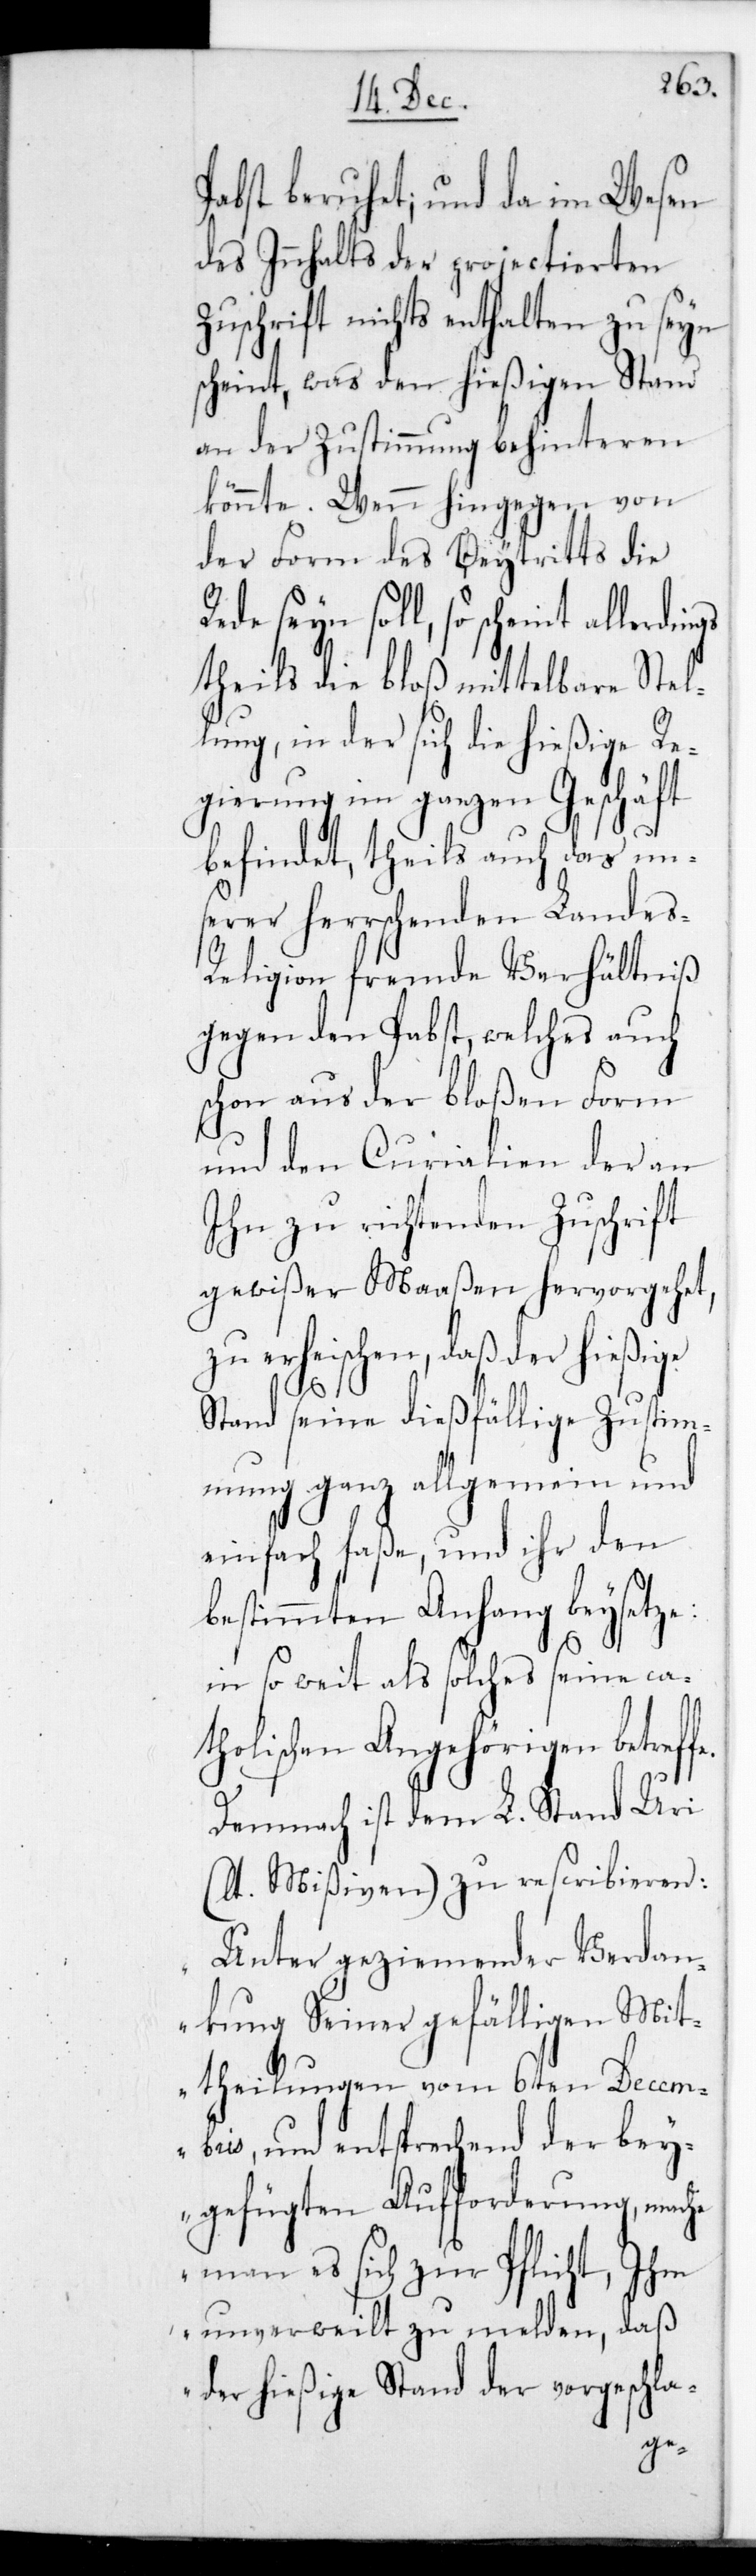
Pabst beruhet; und da im Wesen
des Innhalts der projectierten
Zuschrift nichts enthalten zu sein
scheint, was den hießigen Stand
an der Zustimmung behinderen
könnte. Wenn hingegen von
der Form des Beitritts die
Rede sein soll, so scheint
theils die bloß mittelbare Stel¬
lung, in der sich die hießige Re¬
gierung im ganzen Geschäft
befindet, theils auch das uns¬
erer herrschenden Landes¬
religion fremde Verhältniß
gegen den Pabst, welches auch
schon aus der bloßen Form
und der Curialien der an
ihn zu richtenden Zuschrift
gewißermaaßen hervorgehet,
zu erheischen, daß der hießige
fe.
Stand seine dießfällige Zustim¬
mung ganz allgemein und
einfach faße, und ihr den
bestimmten Anhang beisetze:
in so weit als solches seine ca¬
tholischen Angehörigen betref¬
Demnach ist dem L. Stand Uri
(lt. Mißiven) zu rescribieren:
„Unter geziemender Verdan¬
kung seiner gefälligen Mit¬
theilungen vom 6ten Decem¬
bris, und entsprechend der bey¬
gefügten Aufforderung, mache
man es sich zur Pflicht, Ihm
unverweilt zu melden, daß
der hießige Stand der vorgeschla-